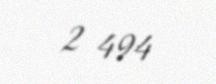
2 494